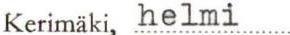
Kerimäki, helmi